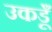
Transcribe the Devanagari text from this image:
उकडूँ